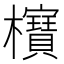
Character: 𣠦